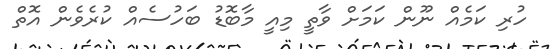
ހުރި ކަމެއް ނޫން ކަމަށް ވާތީ މިއީ މާބޮޑު ބަހުސެއް ކުރެވެން އޮތް